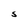
Character: S